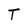
Character: T